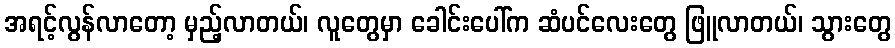
အရင့်လွန်လာတော့ မှည့်လာတယ်၊ လူတွေမှာ ခေါင်းပေါ်က ဆံပင်လေးတွေ ဖြူလာတယ်၊ သွားတွေ